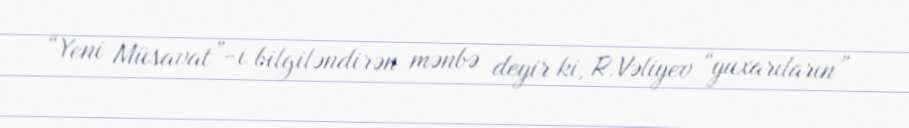
“Yeni Müsavat”-ı bilgiləndirən mənbə deyir ki, R.Vəliyev “yuxarıların”